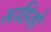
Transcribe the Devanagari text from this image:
स्टडियो